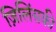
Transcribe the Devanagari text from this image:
ज़िलिंसकी